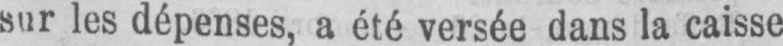
sur les dépenses, a été versée dans la caisse